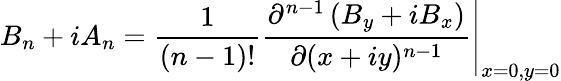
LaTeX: B_{n}+iA_{n}=\frac{1}{(n-1)!}\left.\frac{\partial^{n-1}\left(B_{y}+iB_{x}\right)}{\partial(x+iy)^{n-1}}\right\rvert_{x=0,y=0}